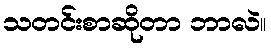
သတင်းစာဆိုတာ ဘာလဲ။